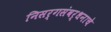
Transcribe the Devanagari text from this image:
निसर्गसंवर्धनाचे